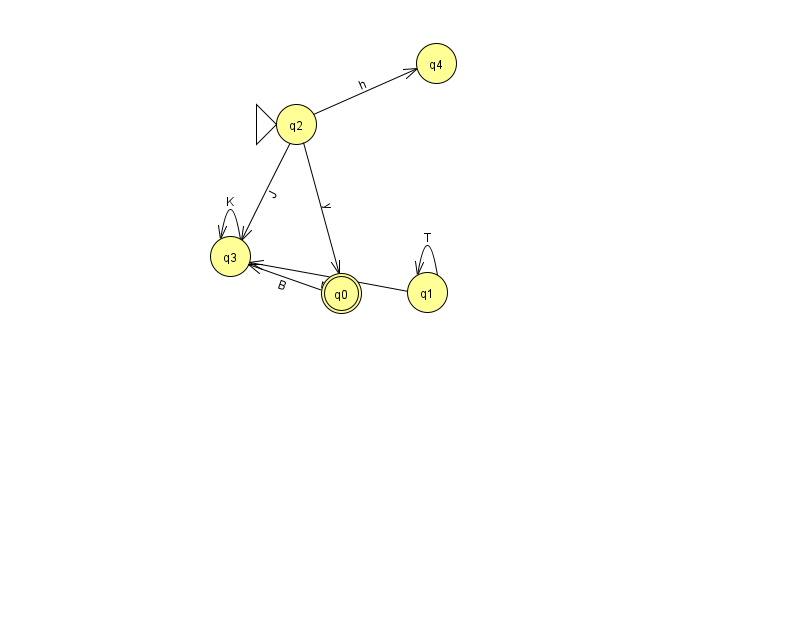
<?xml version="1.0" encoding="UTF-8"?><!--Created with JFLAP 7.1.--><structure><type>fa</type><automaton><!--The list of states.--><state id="0" name="q0"><x>341.0</x><y>280.0</y><final/></state><state id="1" name="q1"><x>427.0</x><y>279.0</y></state><state id="2" name="q2"><x>296.0</x><y>111.0</y><initial/></state><state id="3" name="q3"><x>230.0</x><y>243.0</y></state><state id="4" name="q4"><x>436.0</x><y>50.0</y></state><!--The list of transitions.--><transition><from>0</from><to>3</to><read>B</read></transition><transition><from>2</from><to>0</to><read>y</read></transition><transition><from>2</from><to>3</to><read>J</read></transition><transition><from>1</from><to>1</to><read>T</read></transition><transition><from>2</from><to>4</to><read>h</read></transition><transition><from>3</from><to>3</to><read>K</read></transition><transition><from>1</from><to>3</to><read>m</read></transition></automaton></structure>